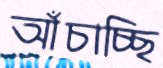
আঁচাচ্ছি